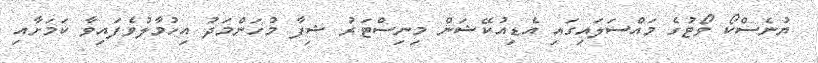
ޔުނެސްކޯ ވޯޓުގެ މައްސަލައިގައި އެޑިއުކޭޝަން މިނިސްޓަރު ޝިފާ މުހަންމަދު އިހުމާލުވެފައިވާ ކަމަށާއި